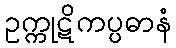
ဥက္ကုဋိကပ္ပဓာနံ